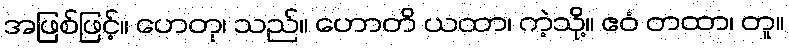
အဖြစ်ဖြင့်။ ဟေတု၊ သည်။ ဟောတိ ယထာ၊ ကဲ့သို့။ ဧဝံ တထာ၊ တူ။